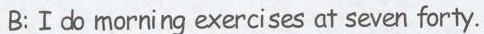
B:Ⅰdo morning exercises at seven forty.